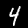
Digit: 4